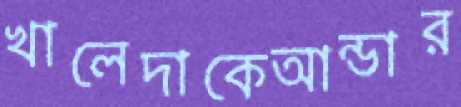
খালেদাকেআন্ডার